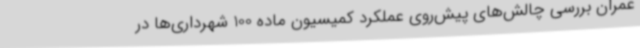
عمران بررسی چالش‌های پیش‌روی عملکرد کمیسیون ماده 100 شهرداری‌ها در